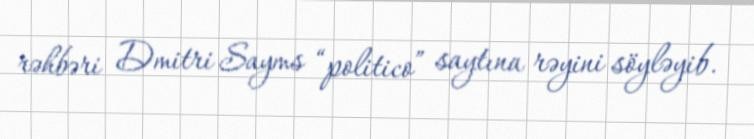
rəhbəri Dmitri Sayms “politico” saytına rəyini söyləyib.